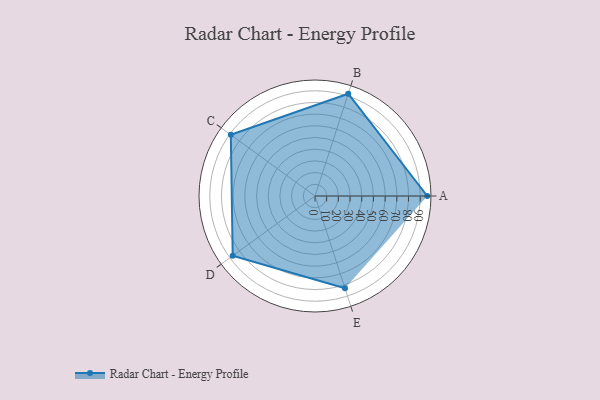
{"axis": {"x": "Skill", "y": "Score"}, "legend": ["Profile"], "data": [{"x": "A", "y": 96.0, "type": "Profile"}, {"x": "B", "y": 92.0, "type": "Profile"}, {"x": "C", "y": 89.0, "type": "Profile"}, {"x": "D", "y": 87.0, "type": "Profile"}, {"x": "E", "y": 83.0, "type": "Profile"}]}